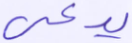
يدعى